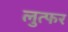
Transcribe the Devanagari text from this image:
लुत्फर